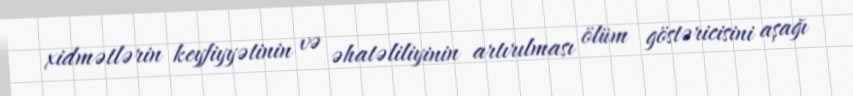
xidmətlərin keyfiyyətinin və əhatəliliyinin artırılması ölüm göstəricisini aşağı